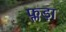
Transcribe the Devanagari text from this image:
फ्लड़ा